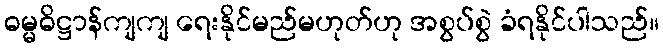
ဓမ္မဓိဋ္ဌာန်ကျကျ ရေးနိုင်မည်မဟုတ်ဟု အစွပ်စွဲ ခံရနိုင်ပါသည်။